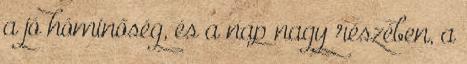
a jó hóminőség, és a nap nagy részében, a